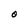
Character: O